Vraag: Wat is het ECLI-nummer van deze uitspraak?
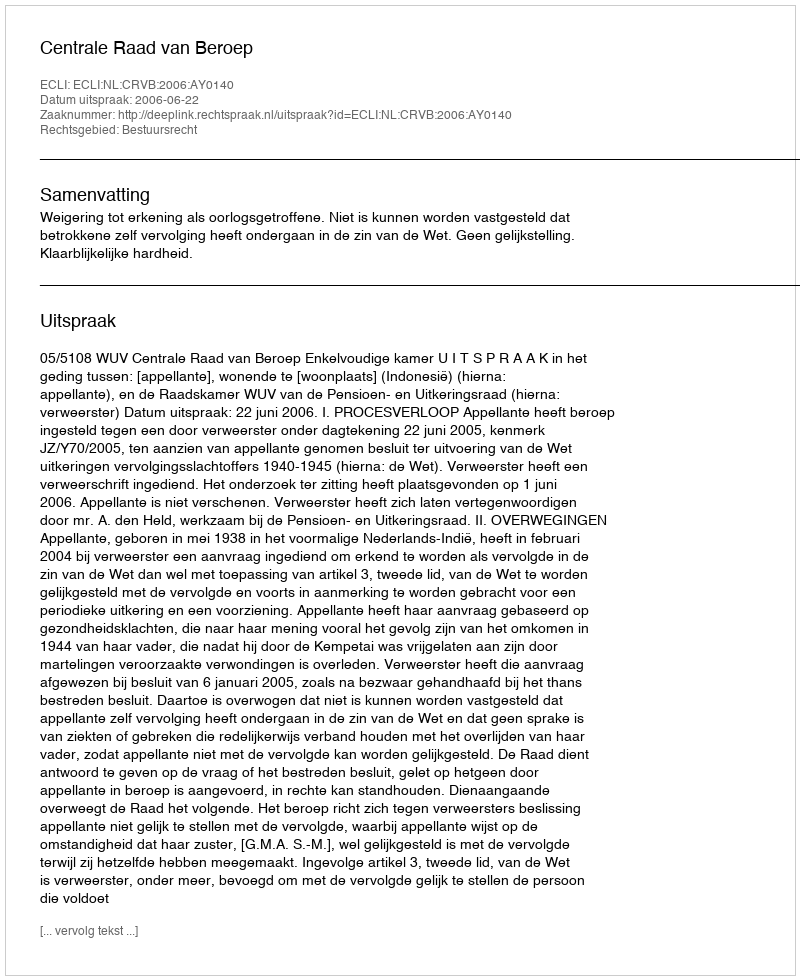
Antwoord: ECLI:NL:CRVB:2006:AY0140